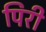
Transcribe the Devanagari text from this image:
पिरी